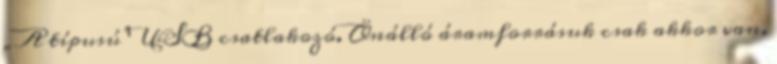
„A típusú” USB csatlakozó. Önálló áramforrásuk csak akkor van,